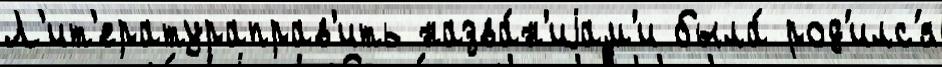
Л'ит'ератураправ'ить назва́н'иjам'и была́ род'илс'я